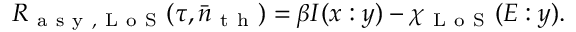
R _ { \mathrm { ~ a ~ s ~ y ~ , ~ L ~ o ~ S ~ } } ( \tau , \bar { n } _ { \mathrm { ~ t ~ h ~ } } ) = \beta I ( x : y ) - \chi _ { \mathrm { ~ L ~ o ~ S ~ } } ( E : y ) .